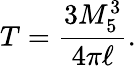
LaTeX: T=\frac{3M_{5}^{3}}{4\pi\ell}.